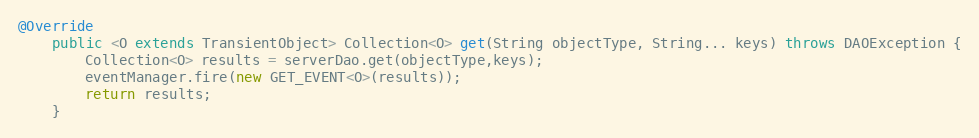
Language: Java
@Override
    public <O extends TransientObject> Collection<O> get(String objectType, String... keys) throws DAOException {
        Collection<O> results = serverDao.get(objectType,keys);
        eventManager.fire(new GET_EVENT<O>(results));
        return results;
    }